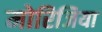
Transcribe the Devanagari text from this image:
मोरिजिया